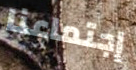
إجتماعنا